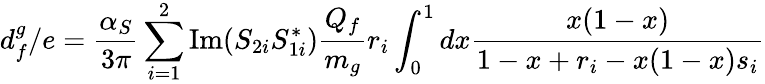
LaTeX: d_{f}^{g}/e={\frac{\alpha_{S}}{3\pi}}\sum_{i=1}^{2}\mathrm{Im}(S_{2i}S_{1i}^{\ast}){\frac{Q_{f}}{m_{g}}}r_{i}\int_{0}^{1}dx{\frac{x(1-x)}{1-x+r_{i}-x(1-x)s_{i}}}